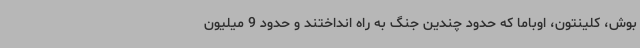
بوش، کلینتون، اوباما که حدود چندین جنگ به راه انداختند و حدود 9 میلیون